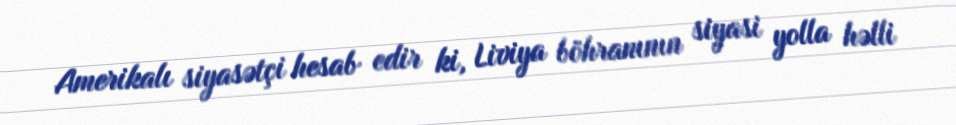
Amerikalı siyasətçi hesab edir ki, Liviya böhranının siyasi yolla həlli